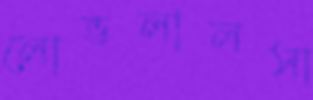
লোভলালসা